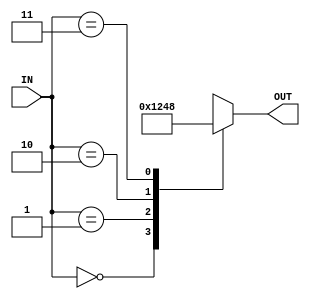
module Decoder (

input  wire [1:0] IN ,
output reg  [3:0] OUT
);
//always blocking combinational
always @(*)
  begin
  OUT = 4'b0000 ;
    case (IN)
     2'b00 : OUT = 4'b0001 ;
     2'b01 : OUT = 4'b0010 ;          
     2'b10 : OUT = 4'b0100 ;     
     2'b11 : OUT = 4'b1000 ;     
   endcase
 end 

 endmodule